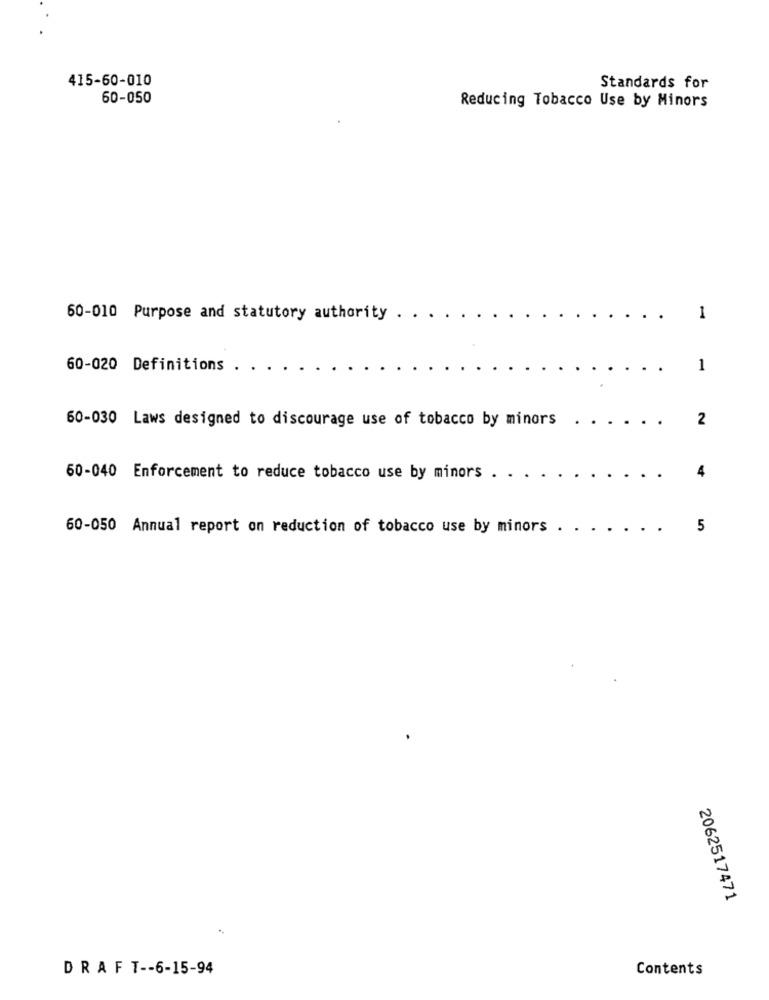
415-60-010
Standards for
60-050
Reducing Tobacco Use by Minors
60-010 Purpose and statutory authority
1
60-020 Definitions .
1
60-030 Laws designed to discourage use of tobacco by minors
2
4
60-040 Enforcement to reduce tobacco use by minors
60-050 Annual report on reduction of tobacco use by minors .
5
2062517471
DRAFT -- 6-15-94
Contents